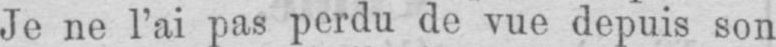
Je ne l’ai pas perdu de vue depuis son